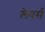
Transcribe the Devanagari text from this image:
लेपर्स